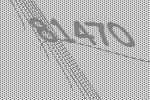
81470